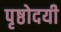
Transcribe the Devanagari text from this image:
पृष्ठोदयी